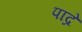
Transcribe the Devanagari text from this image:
पाद्रे